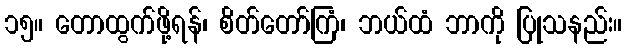
၁၅။ တောထွက်ဖို့ရန်၊ စိတ်တော်ကြံ၊ ဘယ်ထံ ဘာကို ပြုသနည်း။